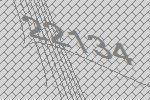
22134